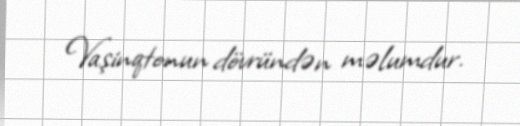
Vaşinqtonun dövründən məlumdur.